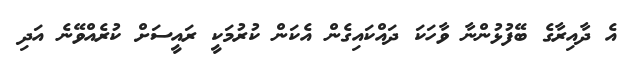
އެ ދާއިރާގެ ބޭފުޅުންނާ ވާހަކަ ދައްކައިގެން އެކަން ކުރުމަކީ ރައީސަށް ކުރެއްވޭނެ އަދި